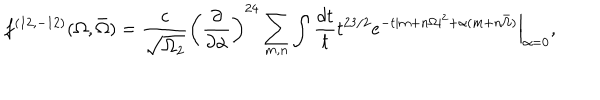
{ f ^ { ( 1 2 , - 1 2 ) } ( \Omega , \bar { \Omega } ) = { \frac { c } { \sqrt { \Omega _ { 2 } } } } \left( { \frac { \partial } { \partial \alpha } } \right) ^ { 2 4 } \sum _ { m , n } \int { \frac { d t } { t } } t ^ { 2 3 / 2 } \left. e ^ { - t | m + n \Omega | ^ { 2 } + \alpha ( m + n \bar { \Omega } ) } \right| _ { \alpha = 0 } , }